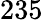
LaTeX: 235